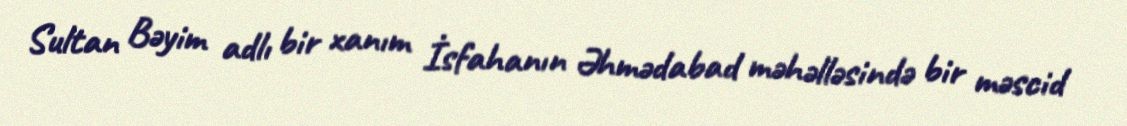
Sultan Bəyim adlı bir xanım İsfahanın Əhmədabad məhəlləsində bir məscid